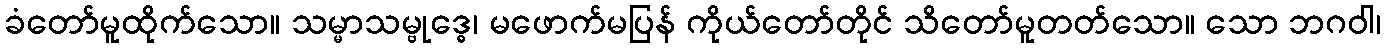
ခံတော်မူထိုက်သော။ သမ္မာသမ္ဗုဒ္ဓေ၊ မဖောက်မပြန် ကိုယ်တော်တိုင် သိတော်မူတတ်သော။ သော ဘဂဝါ၊